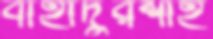
বাহাদুরশাহ